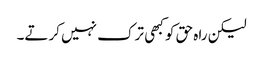
لیکن راہ حق کو کبھی ترک نہیں کرتے۔